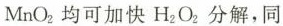
MnO_{2}均可加快H_{2}O_{2}分解，同